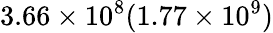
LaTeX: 3.66\times 10^{8}(1.77\times 10^{9})